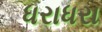
ધરાધરા